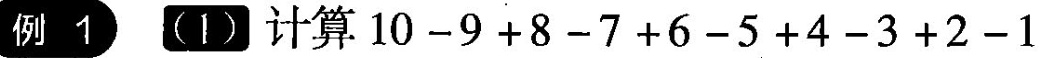
例1 (1) 计算 $$1 0 - 9 + 8 - 7 + 6 - 5 + 4 - 3 + 2 - 1$$